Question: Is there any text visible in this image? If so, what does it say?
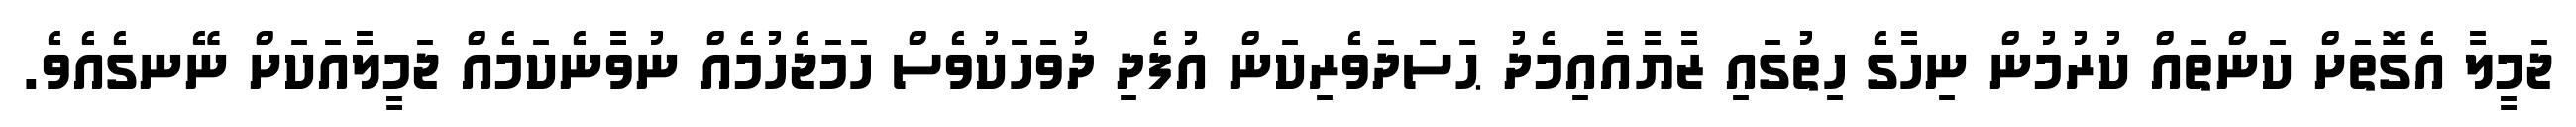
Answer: ޖަމީލާ އެގޮތަށް ކަންތައް ކުރުމުން ނިހާގެ ހިތުގައި ޒާޔާއާއިމެދު ޙަސަދަވެރިކަން އުފެދި ދުވަހަކުވެސް ހަމަޖެހުމެއް ނުވާނެކަމެއް ޖަމީލާއަކަށް ނޭނގެއެވެ.